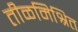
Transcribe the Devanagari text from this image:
तीळमिश्रित